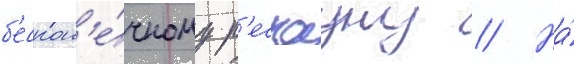
б'ескон'е́чному р'еспауну // На́